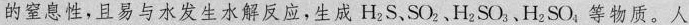
的窒息性，且易与水发生水解反应，生成H _{2}S.SO _{2}.H _{2}SO _{3}、H _{2}SO _{4}，等物质。人